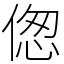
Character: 偬